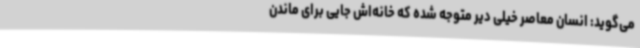
می‌گوید: انسان معاصر خیلی دیر متوجه شده که خانه‌اش جایی برای ماندن